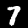
Digit: 7